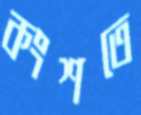
কংশতে